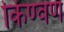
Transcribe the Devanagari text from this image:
किण्वण